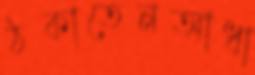
ঠকাতেনআধা